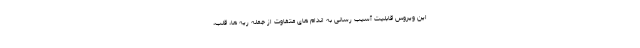
این ویروس قابلیت آسیب رسانی به اندام های متفاوت از جمله ریه ها، قلب،